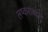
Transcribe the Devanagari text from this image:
लष्कराबद्दल